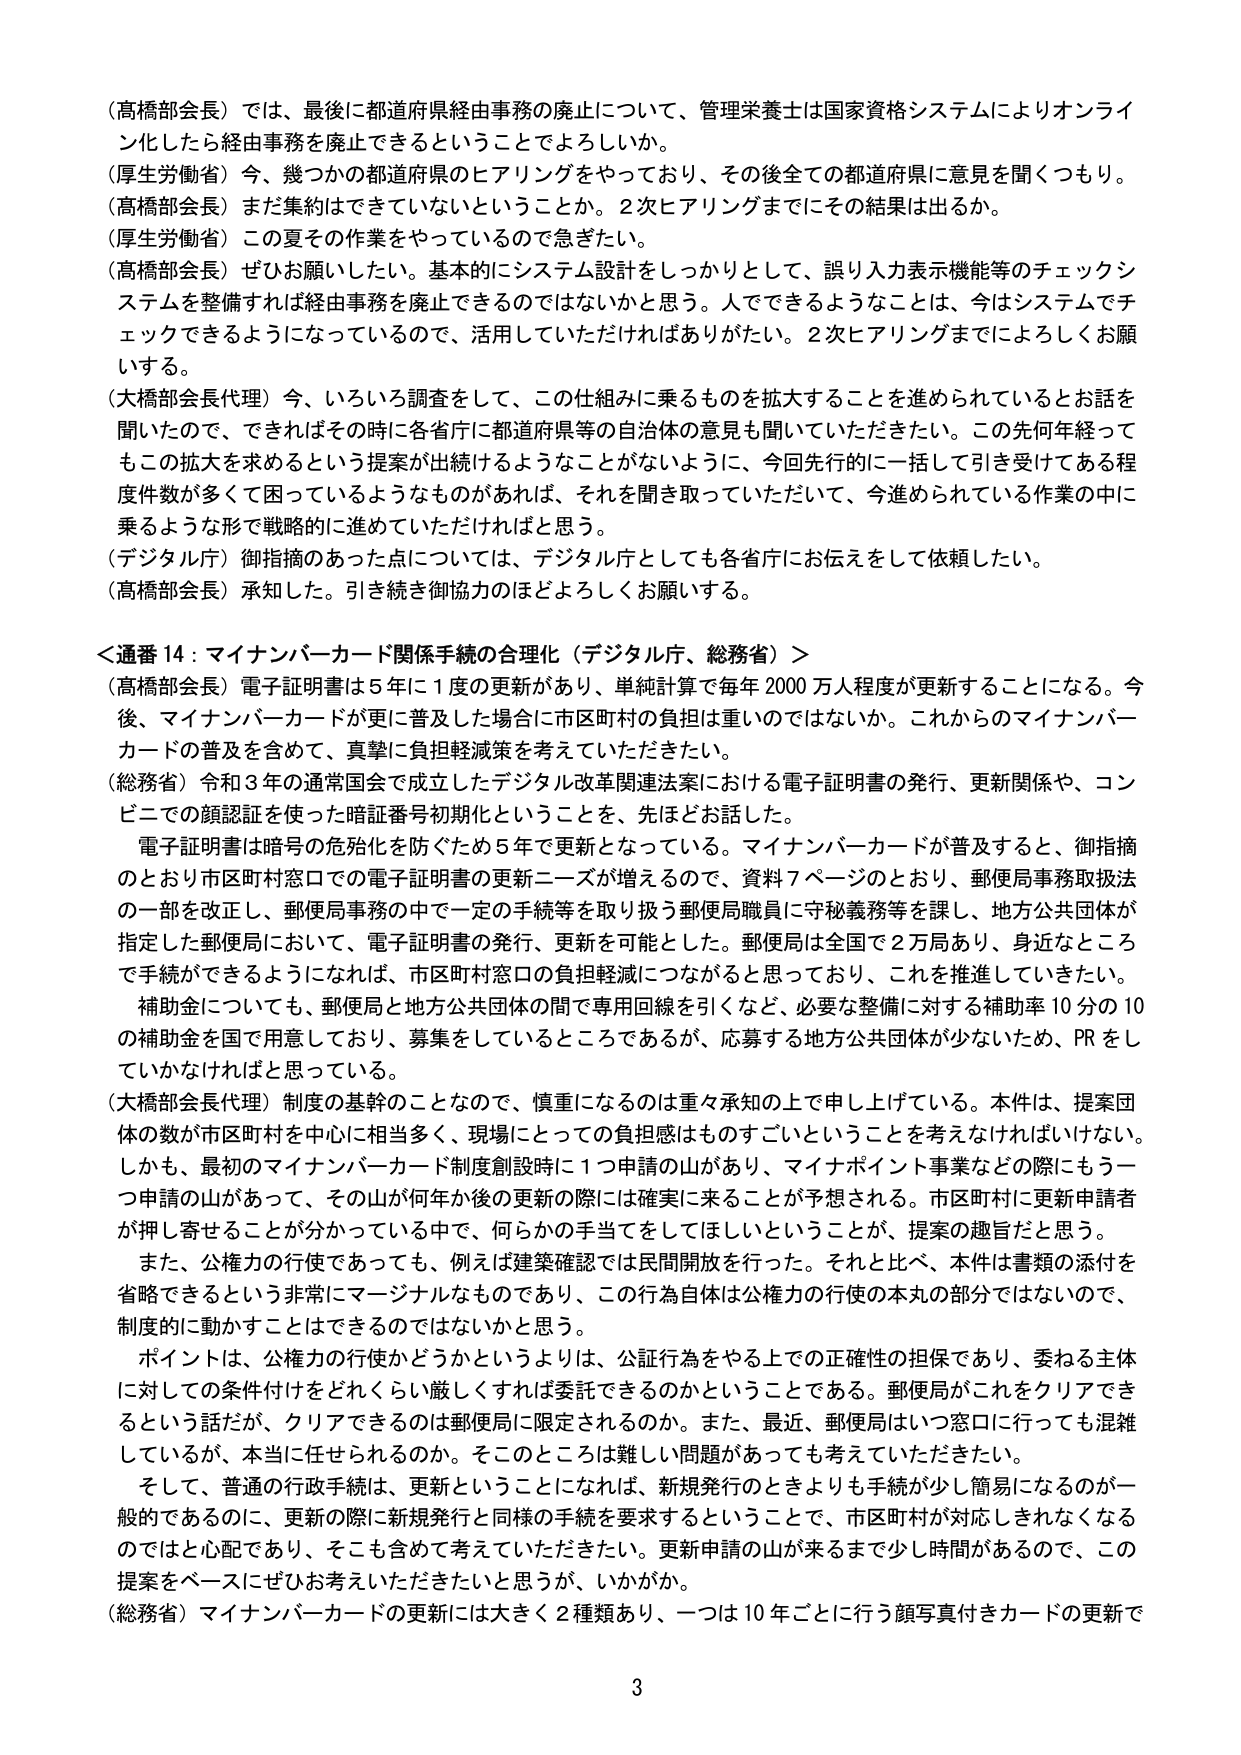
（高橋部会長）では、最後に都道府県経由事務の廃止について、管理栄養士は国家資格システムによりオンライン化したら経由事務を廃止できるということでしょうか。

（厚生労働省）今、幾つかの都道府県のヒアリングをやっており、その後全ての都道府県に意見を聞くつもり。

（高橋部会長）まだ集約はできていないということか。2次ヒアリングまでにその結果は出るか。

（厚生労働省）この夏その作業をやっているので急ぎたい。

（高橋部会長）ぜひお願いしたい。基本的にシステム設計をしっかりとして、誤り入力表示機能等のチェックシステムを整備すれば経由事務を廃止できるのではないかと思う。人でできるようなことは、今はシステムでチェックできるようになっているので、活用していただければありがたい。2次ヒアリングまでによろしくお願いする。

（大橋部会長代理）今、いろいろ調査をして、この仕組みに乗るものを拡大することを進められているとお話を聞いたので、できればその時に各省庁に都道府県等の自治体の意見も聞いていただきたい。この先何年経ってもこの拡大を求めるという提案が出続けるようなことがないように、今回先行的に一括して引き受けてある程度件数が多くて困っているようなものがあれば、それを聞き取っていただいて、今進められている作業の中に乗るような形で戦略的に進めていただければと思う。

（デジタル庁）御指摘のあった点については、デジタル庁としても各省庁にお伝えをして依頼したい。

（高橋部会長）承知した。引き続き御協力のほどよろしくお願いする。

＜通番14：マイナンバーカード関係手続の合理化（デジタル庁、総務省）＞

（高橋部会長）電子証明書は5年に1度の更新があり、単純計算で毎年2000万人程度が更新することになる。今後、マイナンバーカードが更に普及した場合に市区町村の負担は重いのではないか。これからのマイナンバーカードの普及を含めて、真摯に負担軽減策を考えていただきたい。

（総務省）令和3年の通常国会で成立したデジタル改革関連法案における電子証明書の発行、更新関係や、コンビニでの顔認証を使った暗証番号初期化ということを、先ほどお話した。

電子証明書は暗号の危殆化を防ぐため5年で更新となっている。マイナンバーカードが普及すると、御指摘のとおり市区町村窓口での電子証明書の更新ニーズが増えるので、資料7ページのとおり、郵便局事務取扱法の一部を改正し、郵便局事務の中で一定の手続等を取り扱う郵便局職員に守秘義務等を課し、地方公共団体が指定した郵便局において、電子証明書の発行、更新を可能とした。郵便局は全国で2万局あり、身近なところで手続ができるようになれば、市区町村窓口の負担軽減につながると思っており、これを推進していきたい。

補助金についても、郵便局と地方公共団体の間で専用回線を引くなど、必要な整備に対する補助率10分の10の補助金を国で用意しており、募集をしているところであるが、応募する地方公共団体が少ないため、PRをしていかなければならないと思っている。

（大橋部会長代理）制度の基幹のことなので、慎重になるのは重々承知の上で申し上げている。本件は、提案団体の数が市区町村を中心に相当多く、現場にとっての負担感はものすごいということを考えなければならない。しかも、最初のマイナンバーカード制度創設時に1つ申請の山があり、マイナポイント事業などの際にもう一つ申請の山があって、その山が何年か後の更新の際には確実に来ることが予想される。市区町村に更新申請者が押し寄せることが分かっている中で、何らかの手当てをしてほしいということが、提案の趣旨だと思う。

また、公権力の行使であっても、例えば建築確認では民間開放を行った。それと比べ、本件は書類の添付を省略できるという非常にマージナルなものであり、この行為自体は公権力の行使の本丸の部分ではないので、制度的に動かすことはできるのではないかと思う。

ポイントは、公権力の行使かどうかというよりは、公証行為をやる上での正確性の担保であり、委ねる主体に対しての条件付けをどれくらい厳しくすれば委託できるのかということである。郵便局がこれをクリアできるという話だが、クリアできるのは郵便局に限定されるのか。また、最近、郵便局はいつ窓口に行っても混雑しているが、本当に任せられるのか。そのところは難しい問題があっても考えていただきたい。

そして、普通の行政手続は、更新ということになれば、新規発行のときよりも手続が少し簡易になるのが一般的であるのに、更新の際に新規発行と同様の手続を要求するということで、市区町村が対応しきれなくなるのではと心配であり、そこも含めて考えていただきたい。更新申請の山が来るまで少し時間があるので、この提案をベースにぜひお考えいただきたいと思うが、いかがか。

（総務省）マイナンバーカードの更新には大きく2種類あり、一つは10年ごとに行う顔写真付きカードの更新で

3